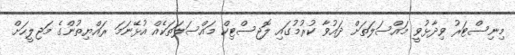
މިނިސްޓަރު ވިދާޅުވީ މައްސަލަތަށް ދައުވާ ކުރުމުގައި ލޮޖިސްޓިކް މައްސަލަތަކެއް އުޅޭނަމަ ރައްޔިތުންގެ މަޖިލީހަށް